画像に写った文字を読んでください
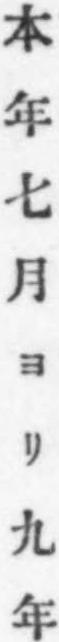
「本年七月ヨリ九年」と書いてあります